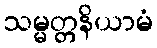
သမ္မတ္တနိယာမံ